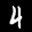
Label: 4